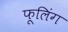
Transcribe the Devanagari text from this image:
फूलिंग